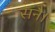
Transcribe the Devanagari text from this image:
सनै।